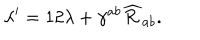
\lambda ^ { \prime } = 1 2 \lambda + \gamma ^ { a b } \widehat { \cal R } _ { a b } .